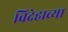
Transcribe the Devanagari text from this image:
विदेहाच्या